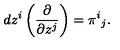
d z ^ { i } \left( \frac { \partial } { \partial z ^ { j } } \right) = \pi ^ { i } { } _ { j } .